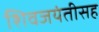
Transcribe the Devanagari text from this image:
शिवजयंतीसह